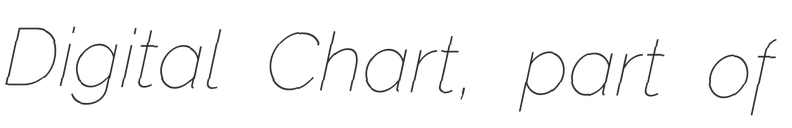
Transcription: Digital Chart, part of